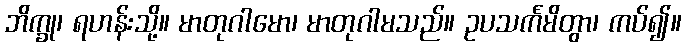
ဘိက္ခု၊ ရဟန်းသို့။ မာတုဂါမော၊ မာတုဂါမသည်။ ဥပသင်္ကမိတွာ၊ ကပ်၍။